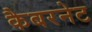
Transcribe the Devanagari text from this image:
कैबरनेट